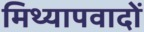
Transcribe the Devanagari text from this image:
मिथ्‍यापवादों